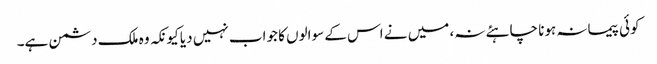
کوئی پیمانہ ہونا چاہئے نہ، میں نے اس کے سوالوں کا جواب نہیں دیا کیونکہ وہ ملک دشمن ہے۔